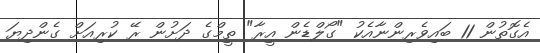
އެގޮތުން 11 ބައިވެރިންނާއެކު "ގޯލްޑެން އީރާ" ތީމްގެ ދަށުން ރޭ ކުރިއަށް ގެންދިޔަ